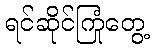
ရင်ဆိုင်ကြုံတွေ့